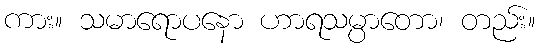
ကား။ သမာရောပနော ဟာရသမ္ပာတော၊ တည်း။